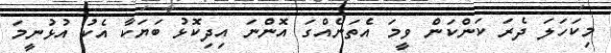
މިކަހަލަ ދެރަ ކަންކަން ވީމަ އެތަނެއްގަ އޮންނަ އިދިކޮޅު ބަޔަކާ އެކު އުޅުނީމަ